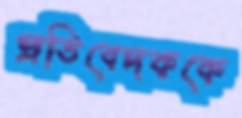
প্রতিবেদককে